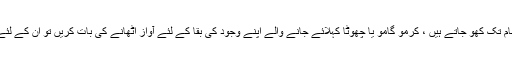
راجہ جیسے لوگوں کے تو اصل نام تک کھو جاتے ہیں ، کرمو گامو یا چھوٹا کہلائے جانے والے اپنے وجود کی بقا کے لئے آواز اٹھانے کی بات کریں تو ان کے لئے یہ قیامت کا دن ہی ہونا چاہئے ۔